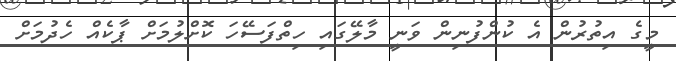
މީގެ އިތުރުން އެ ކުންފުނިން ވަނީ މާލޭގައި ހިތްފަސޭހަ ކޮށްލުމަށް ޕާކެއް ހެދުމަށް